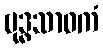
ဗုဒ္ဓသာဝကံ